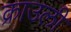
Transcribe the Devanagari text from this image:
क्राउली